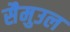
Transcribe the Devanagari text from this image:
सैमुउल